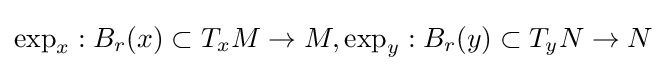
\exp _{x}:B_{r}(x)\subset T_{x}M\rightarrow M,\exp _{y}:B_{r}(y)\subset T_{y}N\rightarrow N